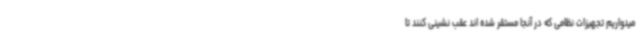
میدواریم تجهیزات نظامی که در آنجا مستقر شده اند عقب نشینی کنند تا